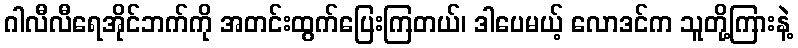
ဂါလီလီရေအိုင်ဘက်ကို အတင်းထွက်ပြေးကြတယ်၊ ဒါပေမယ့် လောဒင်က သူတို့ကြားနဲ့